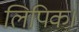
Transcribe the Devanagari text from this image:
लिपिक।